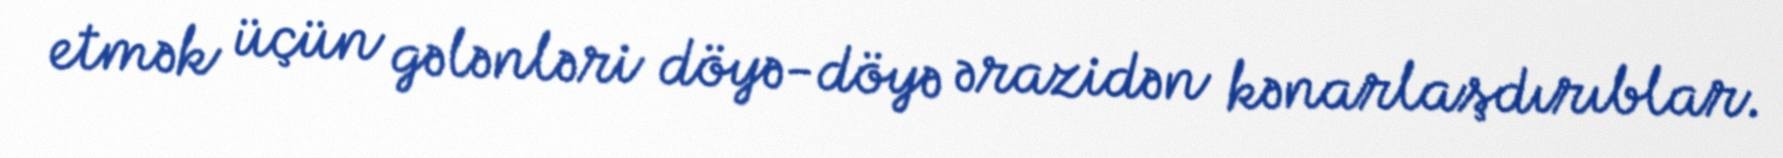
etmək üçün gələnləri döyə-döyə ərazidən kənarlaşdırıblar.